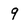
Character: 9